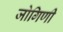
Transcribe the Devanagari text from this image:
जोगिणी